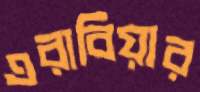
এরাবিয়ার